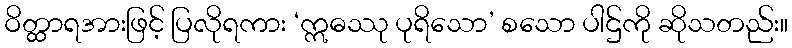
ဝိတ္ထာရအားဖြင့် ပြလိုရကား ‘ဣဓဿု ပုရိသော’ စသော ပါဌ်ကို ဆိုသတည်း။